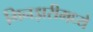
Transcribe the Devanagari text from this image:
मिनझरीमध्ये